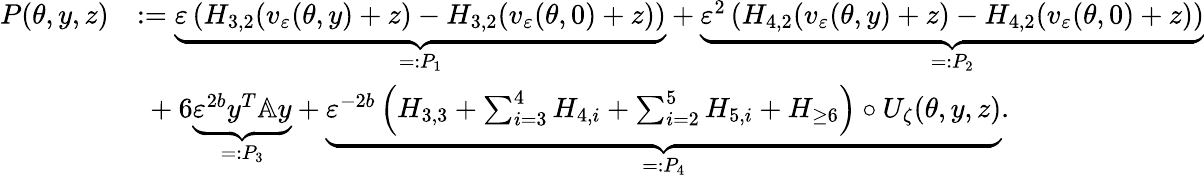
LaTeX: \begin{array}{rl}{P(\theta,y,z)}&{:=\underbrace{\varepsilon\left(H_{3,2}(v_{\varepsilon}(\theta,y)+z)-H_{3,2}(v_{\varepsilon}(\theta,0)+z)\right)}_{=:P_{1}}+\underbrace{\varepsilon^{2}\left(H_{4,2}(v_{\varepsilon}(\theta,y)+z)-H_{4,2}(v_{\varepsilon}(\theta,0)+z)\right)}_{=:P_{2}}}\\ &{\ +6\underbrace{\varepsilon^{2b}y^{T}\mathbb{A}y}_{=:P_{3}}+\underbrace{\varepsilon^{-2b}\left(H_{3,3}+\sum_{i=3}^{4}H_{4,i}+\sum_{i=2}^{5}{H_{5,i}}+H_{\ge 6}\right)\circ U_{\zeta}(\theta,y,z)}_{=:P_{4}}.}\end{array}